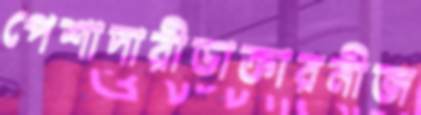
পেশাদারীডাক্তারনীজ